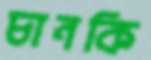
চানকি